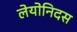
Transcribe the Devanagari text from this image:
लेयोनिदस